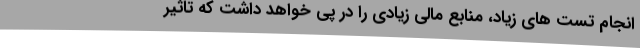
انجام تست های زیاد، منابع مالی زیادی را در پی خواهد داشت که تاثیر